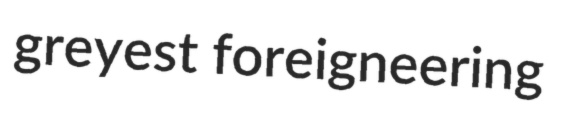
greyest foreigneering